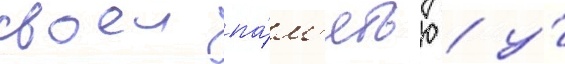
своеи па́м'ятью / у́